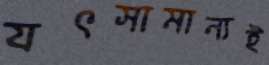
যৎসামান্যই